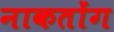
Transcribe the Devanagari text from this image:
नाकतोंग